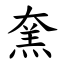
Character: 㚠